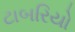
ટાબરિયો